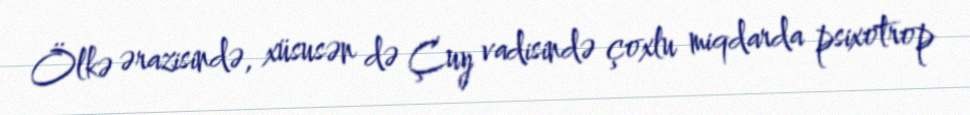
Ölkə ərazisində, xüsusən də Çuy vadisində çoxlu miqdarda psixotrop